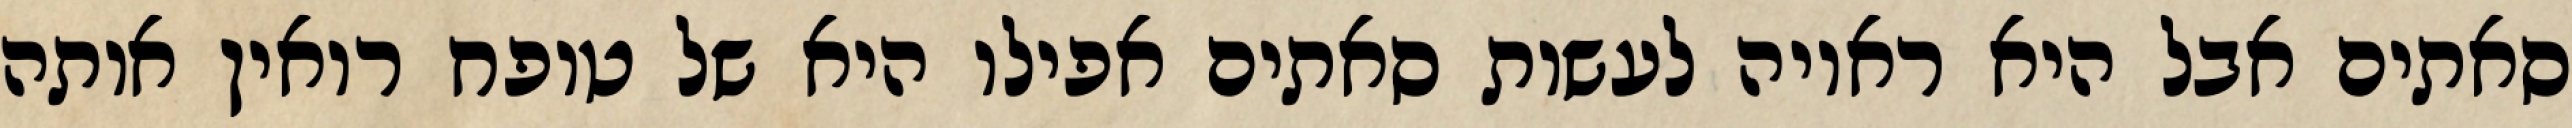
סאתים אבל היא ראויה לעשות סאתים אפילו היא של טופח רואין אותה